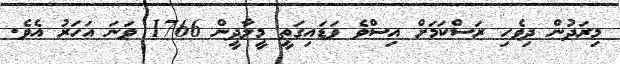
މިރަދުން ދިވެހި ރަސްކަމަށް އިސްވެ ވަޑައިގަތީ މީލާދީން 1766 ވަނަ އަހަރު އެވެ.